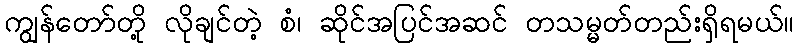
ကျွန်တော်တို့ လိုချင်တဲ့ စံ၊ ဆိုင်အပြင်အဆင် တသမ္မတ်တည်းရှိရမယ်။